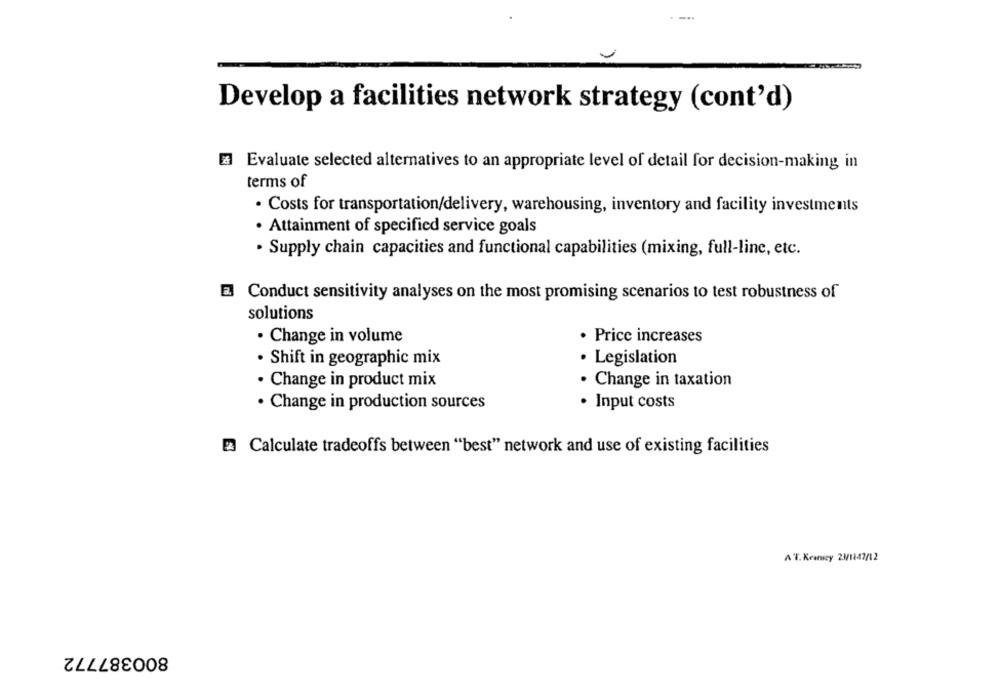
Develop a facilities network strategy (cont'd)
Evaluate selected alternatives to an appropriate level of detail for decision-making in
terms of
· Costs for transportation/delivery, warehousing, inventory and facility investments
· Attainment of specified service goals
· Supply chain capacities and functional capabilities (mixing, full-line, etc.
E Conduct sensitivity analyses on the most promising scenarios to test robustness of
solutions
· Change in volume
· Price increases
· Shift in geographic mix
· Legislation
· Change in taxation
· Change in product mix
· Change in production sources
· Input costs
2 Calculate tradeoffs between "best" network and use of existing facilities
A T. Kearney 23/1147/12
800387772